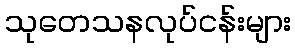
သုတေသနလုပ်ငန်းများ